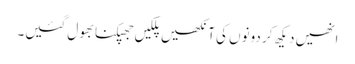
انھیں دیکھ کر دونوں کی آنکھیں پلکیں جھپکنا بھول گئیں۔